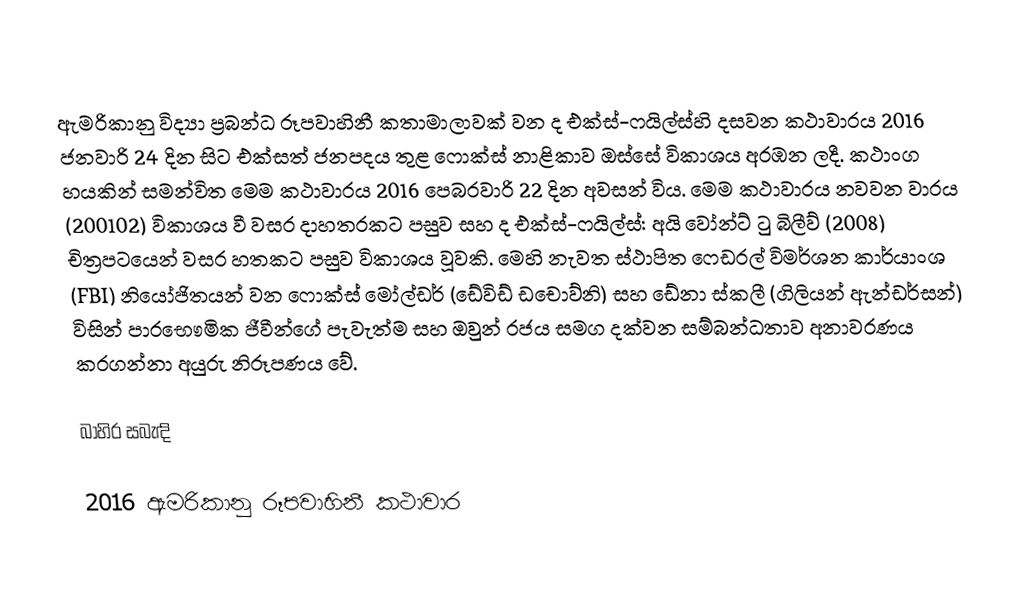
ඇමරිකානු විද්‍යා ප්‍රබන්ධ රූපවාහිනී කතාමාලාවක් වන ද එක්ස්-ෆයිල්ස්හි දසවන කථාවාරය 2016 ජනවාරි 24 දින සිට එක්සත් ජනපදය තුළ ෆොක්ස් නාළිකාව ඔස්සේ විකාශය අරඹන ලදී. කථාංග හයකින් සමන්විත මෙම කථාවාරය 2016 පෙබරවාරි 22 දින අවසන් විය. මෙම කථාවාරය නවවන වාරය (200102) විකාශය වී වසර දාහතරකට පසුව සහ ද එක්ස්-ෆයිල්ස්: අයි වෝන්ට් ටු බිලීව් (2008) චිත්‍රපටයෙන් වසර හතකට පසුව විකාශය වූවකි. මෙහි නැවත ස්ථාපිත ෆෙඩරල් විමර්ශන කාර්යාංශ (FBI) නියෝජිතයන් වන ෆොක්ස් මෝල්ඩර් (ඩේවිඩ් ඩචොව්නි) සහ ඩේනා ස්කලී (ගිලියන් ඇන්ඩර්සන්) විසින් පාරභෞමික ජීවීන්ගේ පැවැත්ම සහ ඔවුන් රජය සමග දක්වන සම්බන්ධතාව අනාවරණය කරගන්නා අයුරු නිරූපණය වේ.

බාහිර සබැඳි

2016 ඇමරිකානු රූපවාහිනී කථාවාර